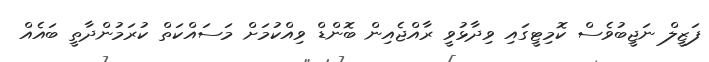
ފަޒީލް ނަޖީބުވެސް ކޮމިޓީގައި ވިދާޅުވީ ރާއްޖެއިން ބޮންޑް ވިއްކުމަށް މަސައްކަތް ކުރަމުންދާތީ ބައެއް